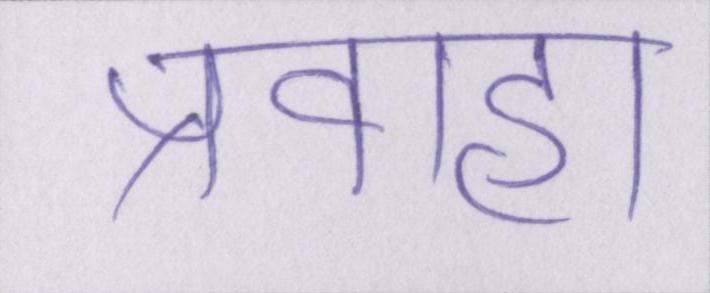
प्रवाहों